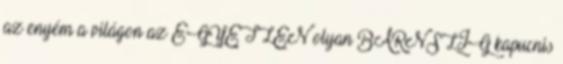
az enyém a világon az EGYETLEN olyan BARNSLIG kapucnis